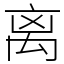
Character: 离